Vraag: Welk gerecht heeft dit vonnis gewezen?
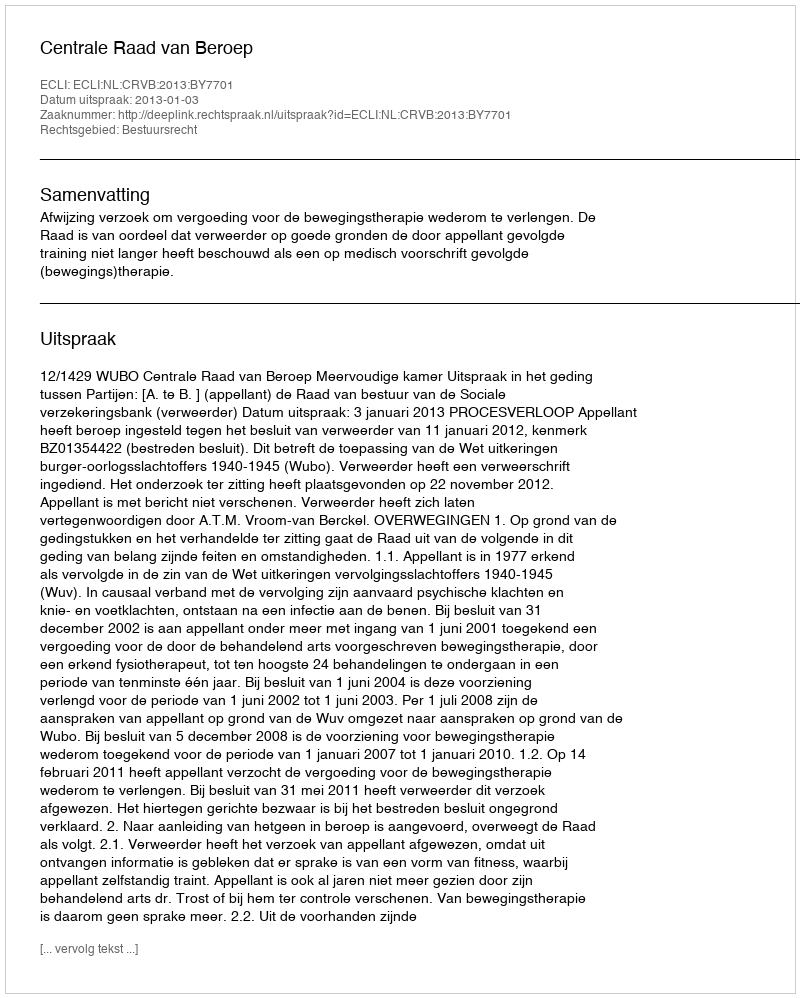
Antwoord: Centrale Raad van Beroep